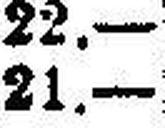
21.—